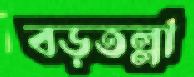
বড়তল্লা